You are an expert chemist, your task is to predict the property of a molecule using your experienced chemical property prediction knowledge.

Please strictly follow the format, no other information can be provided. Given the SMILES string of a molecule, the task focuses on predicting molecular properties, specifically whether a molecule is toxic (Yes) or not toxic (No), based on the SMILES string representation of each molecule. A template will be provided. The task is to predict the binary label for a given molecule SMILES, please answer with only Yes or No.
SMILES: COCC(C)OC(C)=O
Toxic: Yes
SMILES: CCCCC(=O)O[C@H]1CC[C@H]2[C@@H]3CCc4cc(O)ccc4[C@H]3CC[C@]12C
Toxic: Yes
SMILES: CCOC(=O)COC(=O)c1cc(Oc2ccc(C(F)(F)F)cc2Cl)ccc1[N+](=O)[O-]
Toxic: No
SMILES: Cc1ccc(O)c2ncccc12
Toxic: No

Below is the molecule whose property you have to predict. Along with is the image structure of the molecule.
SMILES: O=S1(=O)OC(c2ccc([O-])cc2)(c2ccc(O)cc2)c2ccccc21
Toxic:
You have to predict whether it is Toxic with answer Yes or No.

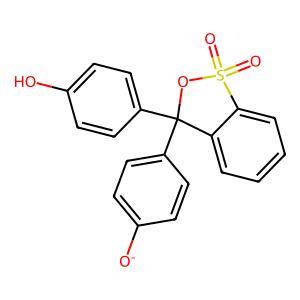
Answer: No